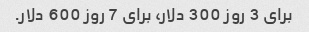
برای 3 روز 300 دلار، برای 7 روز 600 دلار.